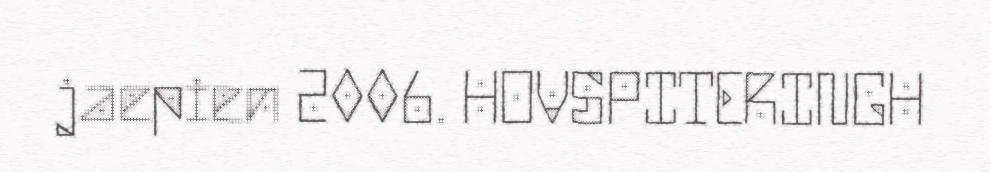
jaepien 2006. HOVSPITERINGH